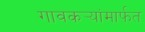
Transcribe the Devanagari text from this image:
गावकर्‍यांमार्फत